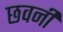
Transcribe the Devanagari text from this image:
छवनी